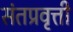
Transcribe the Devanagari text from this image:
संतप्रवृत्ती